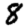
Digit: 8